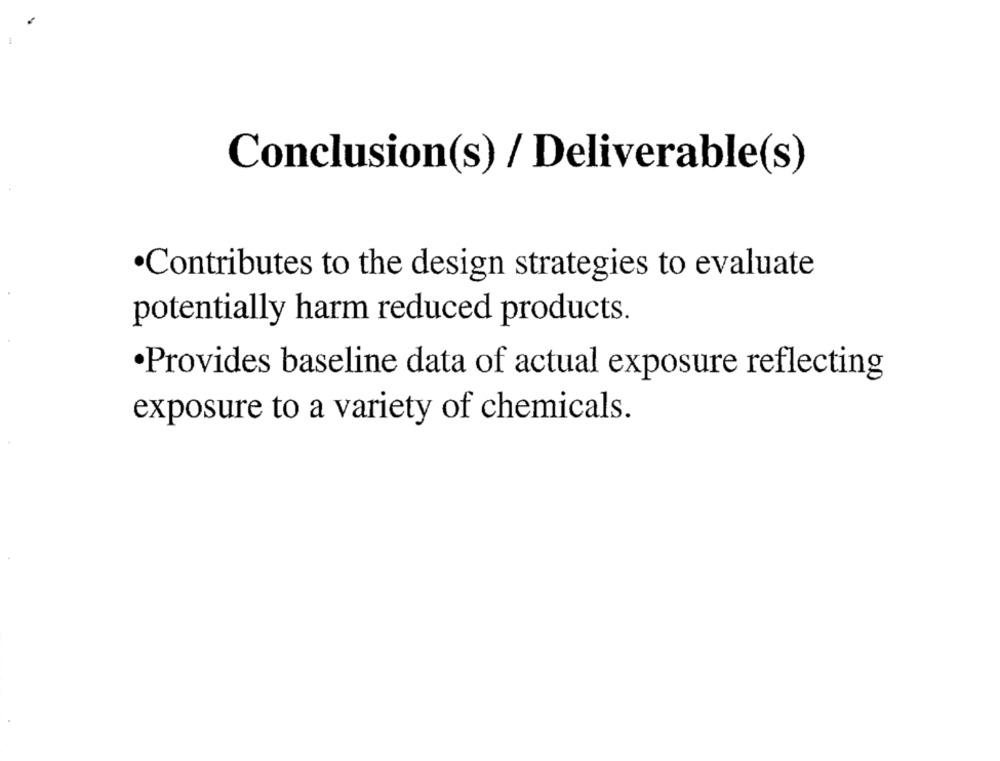
Conclusion(s) / Deliverable(s)
·Contributes to the design strategies to evaluate
potentially harm reduced products.
·Provides baseline data of actual exposure reflecting
exposure to a variety of chemicals.